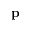
{ \bf p }